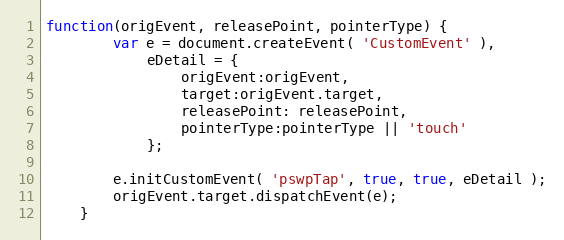
Language: JavaScript
function(origEvent, releasePoint, pointerType) {
		var e = document.createEvent( 'CustomEvent' ),
			eDetail = {
				origEvent:origEvent,
				target:origEvent.target,
				releasePoint: releasePoint,
				pointerType:pointerType || 'touch'
			};

		e.initCustomEvent( 'pswpTap', true, true, eDetail );
		origEvent.target.dispatchEvent(e);
	}